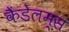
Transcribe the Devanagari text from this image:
कैंडेलम्स